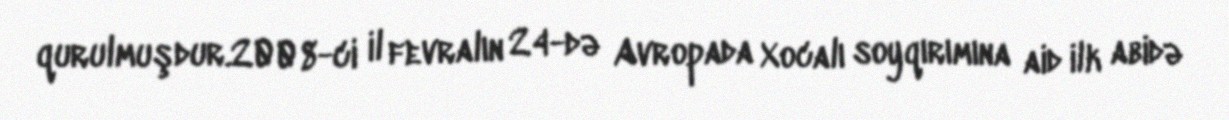
qurulmuşdur.2008-ci il fevralın 24-də Avropada Xocalı soyqırımına aid ilk abidə